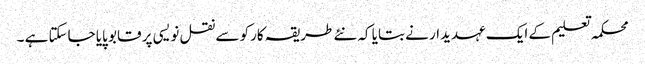
محکمہ تعلیم کے ایک عہدیدار نے بتایا کہ نئے طریقہ کارکو سے نقل نویسی پر قابو پایا جاسکتا ہے ۔